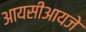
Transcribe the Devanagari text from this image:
आयसीआयजे